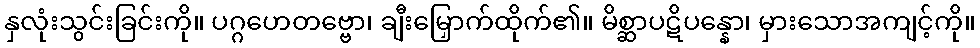
နှလုံးသွင်းခြင်းကို။ ပဂ္ဂဟေတဗ္ဗော၊ ချီးမြှောက်ထိုက်၏။ မိစ္ဆာပဋိပန္နော၊ မှားသောအကျင့်ကို။